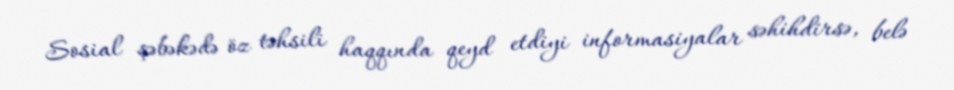
Sosial şəbəkədə öz təhsili haqqında qeyd etdiyi informasiyalar səhihdirsə, belə